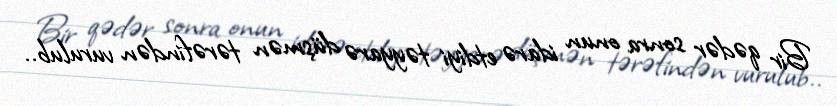
Bir qədər sonra onun idarə etdiyi təyyarə düşmən tərəfindən vurulub..